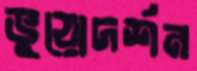
ভুয়োদর্শন